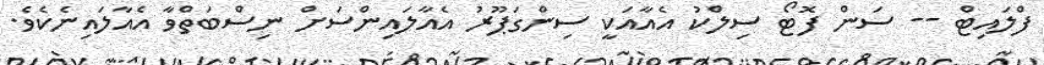
ފްލައިޓް -- ސަން ފޮޓޯ ސިލްކު އެއާއަކީ ސިންގަޕޫރު އެއާލައިންސަށް ނިސްބަތްވާ އެއާލައިނެކެވެ.